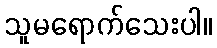
သူမရောက်သေးပါ။